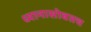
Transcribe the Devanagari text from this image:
ध्यानासोबतच